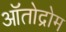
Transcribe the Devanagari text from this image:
ऑतोद्रोम